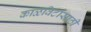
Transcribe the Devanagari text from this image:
काळविटांसाठी